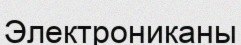
Электрониканы